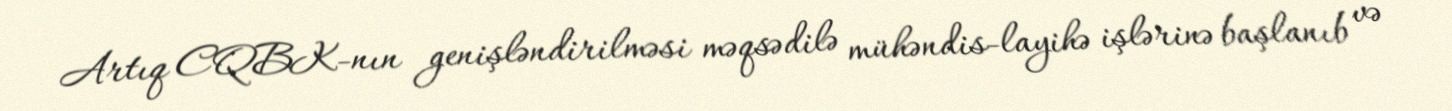
Artıq CQBK-nın genişləndirilməsi məqsədilə mühəndis-layihə işlərinə başlanıb və